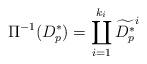
LaTeX: \begin{align*} \Pi^{-1}(D_p^*)=\coprod_{i=1}^{k_i} \widetilde{D^*_p} ^i\end{align*}